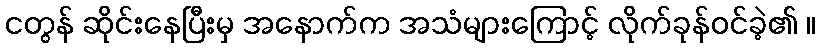
ငတွန် ဆိုင်းနေပြီးမှ အနောက်က အသံများကြောင့် လိုက်ခုန်ဝင်ခဲ့၏ ။